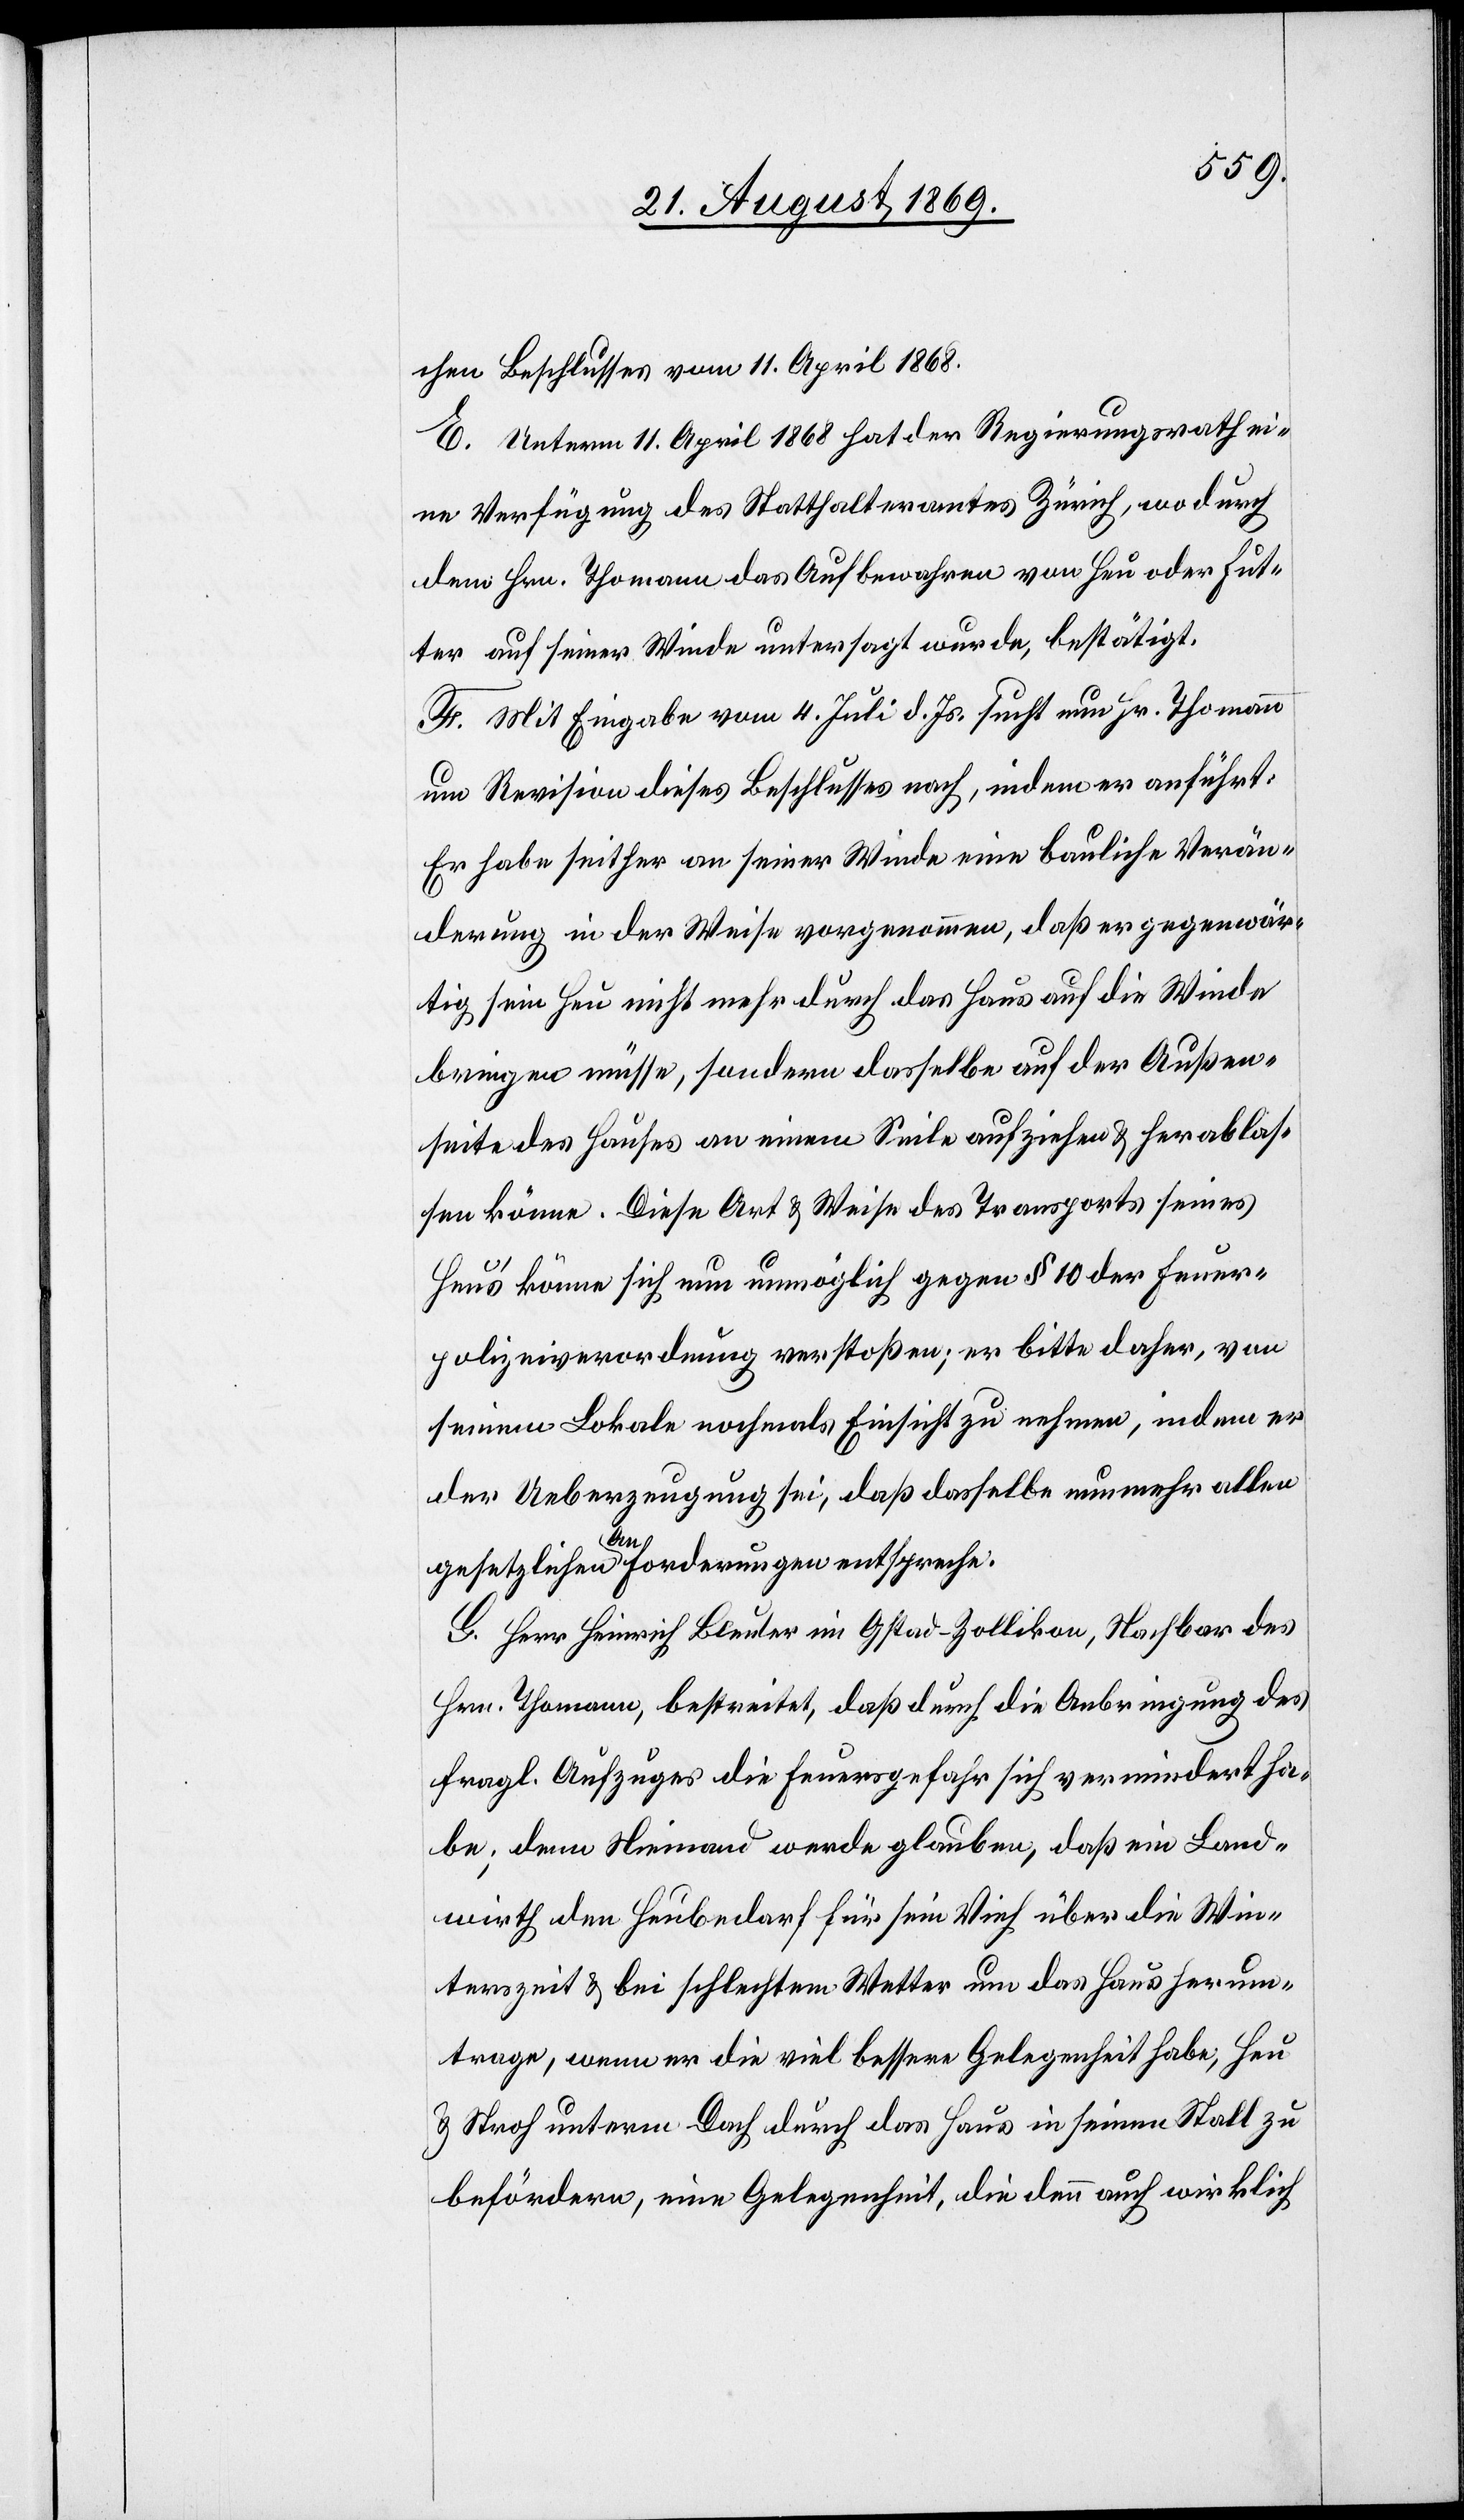
chen Beschlusses vom 11. April 1868.
E. Unterm 11. April 1868 hat der Regierungsrath ei¬
ne Verfügung des Statthalteramtes Zürich, wodurch
dem Hrn. Thomann das Aufbewahren von Heu oder Fut¬
ter auf seiner Winde untersagt wurde, bestätigt.
F. Mit Eingabe vom 4. Juli d. Js. sucht nun Hr. Thomann
um Revision dieses Beschlusses nach, indem er anführt:
Er habe seither an seiner Winde eine bauliche Verän¬
derung in der Weise vorgenommen, daß er gegenwär¬
tig sein Heu nicht mehr durch das Haus auf die Winde
bringen müsse, sondern dasselbe auf der Außen¬
seite des Hauses an einem Seile aufziehen & herablas¬
sen könne. Diese Art & Weise des Transports seines
Heus’ könne sich nun unmöglich gegen § 10 der Feuer¬
polizeiverordnung verstoßen; er bitte daher, von
seinem Lokale nochmals Einsicht zu nehmen, indem er
der Ueberzeugung sei, daß dasselbe nunmehr allen
gesetzlichen Anforderungen entspreche.
G. Herr Heinrich Bleuler im Gstad - Zollikon, Nachbar des
Hrn. Thomann, bestreitet, daß durch die Anbringung des
fragl. Aufzuges die Feuersgefahr sich vermindert ha¬
be; denn Niemand werde glauben, daß ein Land¬
wirth den Heubedarf für sein Vieh über die Win¬
terszeit & bei schlechtem Wetter um das Haus herum¬
trage, wenn er die viel bessere Gelegenheit habe, Heu
& Stroh unterm Dach durch das Haus in seinen Stall zu
befördern, eine Gelegenheit, die denn auch wirklich